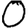
Digit: 0